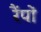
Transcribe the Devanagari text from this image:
रैंपों